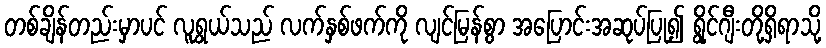
တစ်ချိန်တည်းမှာပင် လူရွယ်သည် လက်နှစ်ဖက်ကို လျင်မြန်စွာ အပြောင်းအဆုပ်ပြု၍ ရွိုင်ဂျီးတို့ရှိရာသို့